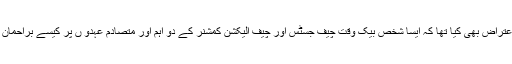
بھٹو نے یہ اعتراض بھی کیا تھا کہ ایسا شخص بیک وقت چیف جسٹس اور چیف الیکشن کمشنر کے دو اہم اور متصادم عہدو ں پر کیسے براحمان رہ سکتا ہے۔